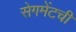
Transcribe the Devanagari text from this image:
सेगमेंटची